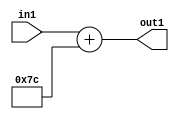
`timescale 1ps / 1ps
/*****************************************************************************
    Verilog RTL Description
    
    
    Created by: Stratus DpOpt 2019.1.01 
*******************************************************************************/

module DC_Filter_Add_12U_239_1 (
	in1,
	out1
	); /* architecture "behavioural" */ 
input [11:0] in1;
output [11:0] out1;
wire [11:0] asc001;

assign asc001 = 
	+(in1)
	+(12'B000001111100);

assign out1 = asc001;
endmodule

/* CADENCE  urj5TQs= : u9/ySgnWtBlWxVPRXgAZ4Og= ** DO NOT EDIT THIS LINE ******/